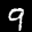
Label: 9